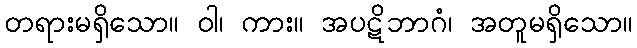
တရားမရှိသော။ ဝါ၊ ကား။ အပဋိဘာဂံ၊ အတူမရှိသော။